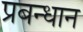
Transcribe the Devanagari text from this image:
प्रबन्धान